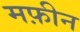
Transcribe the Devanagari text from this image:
मफ़ीन